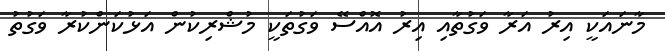
މާނައަކީ އިރު އަރާ ވަގުތާއި އިރު އޮއްސޭ ވަގުތަކީ މުޝްރިކުން އަޅުކަންކުރާ ވަގުތު